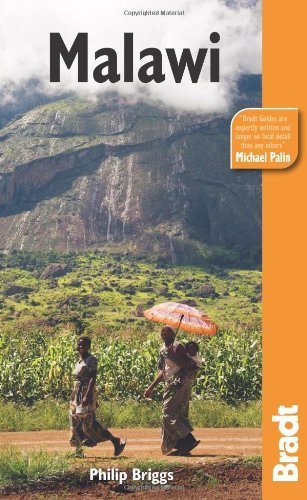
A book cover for Malawi (Bradt Travel Guides) by Briggs, Philip (2010) Paperback; Travel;